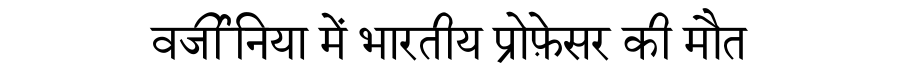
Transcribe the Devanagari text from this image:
वर्जीनिया में भारतीय प्रोफ़ेसर की मौत